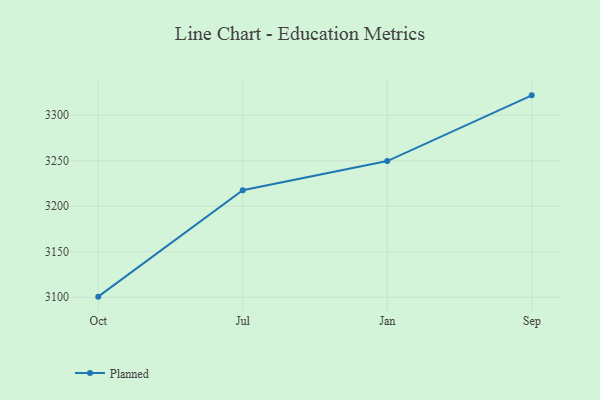
{"axis": {"x": "Month", "y": "Population (Million)"}, "legend": ["Planned"], "data": [{"x": "Oct", "y": 3100.7, "type": "Planned"}, {"x": "Jul", "y": 3217.5, "type": "Planned"}, {"x": "Jan", "y": 3249.6, "type": "Planned"}, {"x": "Sep", "y": 3321.8, "type": "Planned"}]}